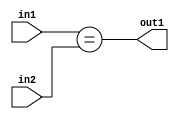
`timescale 1ps / 1ps
/*****************************************************************************
    Verilog RTL Description
    
    
    Created by: CellMath Designer 2019.1.01 
*******************************************************************************/

module finish_gen_Equal_32Ux32U_1U_4_0 (
	in2,
	in1,
	out1
	); /* architecture "behavioural" */ 
input [31:0] in2,
	in1;
output  out1;
wire  asc001;

assign asc001 = (in1==in2);

assign out1 = asc001;
endmodule

/* CADENCE  urnwTws= : u9/ySgnWtBlWxVPRXgAZ4Og= ** DO NOT EDIT THIS LINE ******/